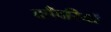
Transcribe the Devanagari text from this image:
काँवरियों